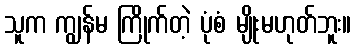
သူက ကျွန်မ ကြိုက်တဲ့ ပုံစံ မျိုးမဟုတ်ဘူး။